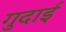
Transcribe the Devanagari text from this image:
गुदाई